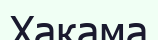
Хакама